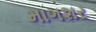
માગશર